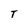
Character: T